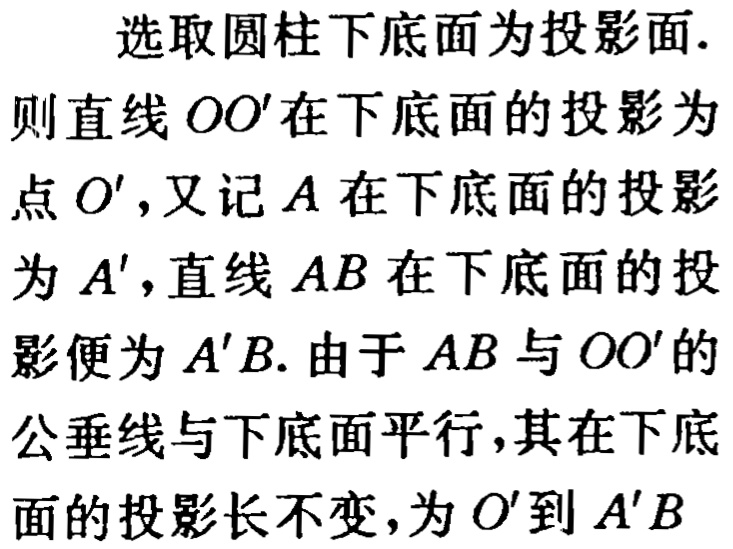
选取圆柱下底面为投影面.

则直线 \(OO'\) 在下底面的投影为

点 \(O'\)，又记 \(A\) 在下底面的投影

为 \(A'\)，直线 \(AB\) 在下底面的投

影便为 \(A'B\). 由于 \(AB\) 与 \(OO'\) 的

公垂线与下底面平行，其在下底

面的投影长不变，为 \(O'\) 到 \(A'B\)